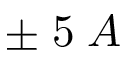
\pm \; 5 \; A